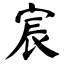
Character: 宸